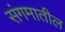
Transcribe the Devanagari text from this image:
संगमातील